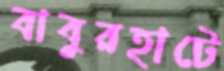
বাবুরহাটে